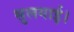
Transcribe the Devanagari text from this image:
सुलगाई।